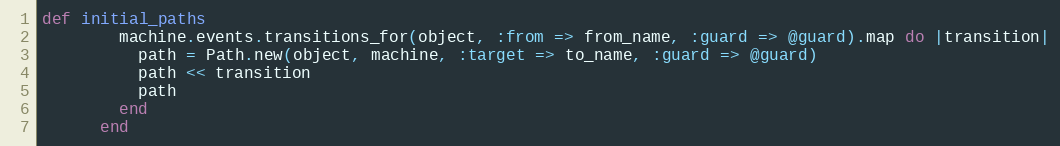
Language: Ruby
def initial_paths
        machine.events.transitions_for(object, :from => from_name, :guard => @guard).map do |transition|
          path = Path.new(object, machine, :target => to_name, :guard => @guard)
          path << transition
          path
        end
      end